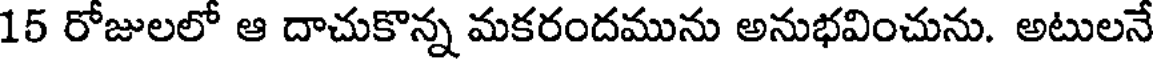
15 రోజులలో ఆ దాచుకొన్న మకరందమును అనుభవించును. అటులనే